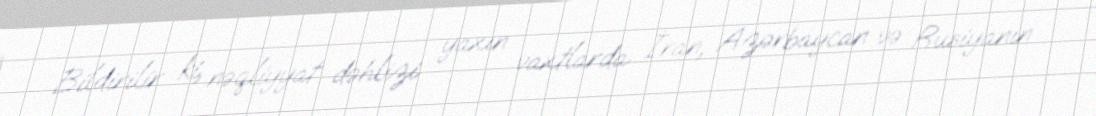
Bildirilir ki, nəqliyyat dəhlizi yaxın vaxtlarda İran, Azərbaycan və Rusiyanın